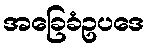
အခြေခံဥပဒေ